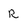
Character: R